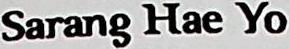
SARANG HAE YO